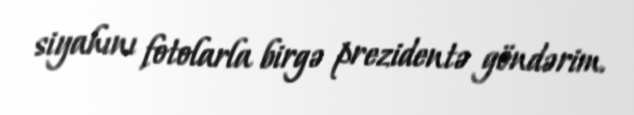
siyahını fotolarla birgə prezidentə göndərim.